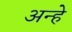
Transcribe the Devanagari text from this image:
अन्हे